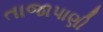
તાજાપાણી